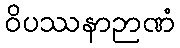
ဝိပဿနာဉာဏံ